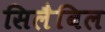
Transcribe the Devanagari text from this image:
सिलैबिल